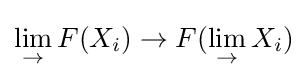
\lim _{\rightarrow }F(X_{i})\to F(\lim _{\rightarrow }X_{i})